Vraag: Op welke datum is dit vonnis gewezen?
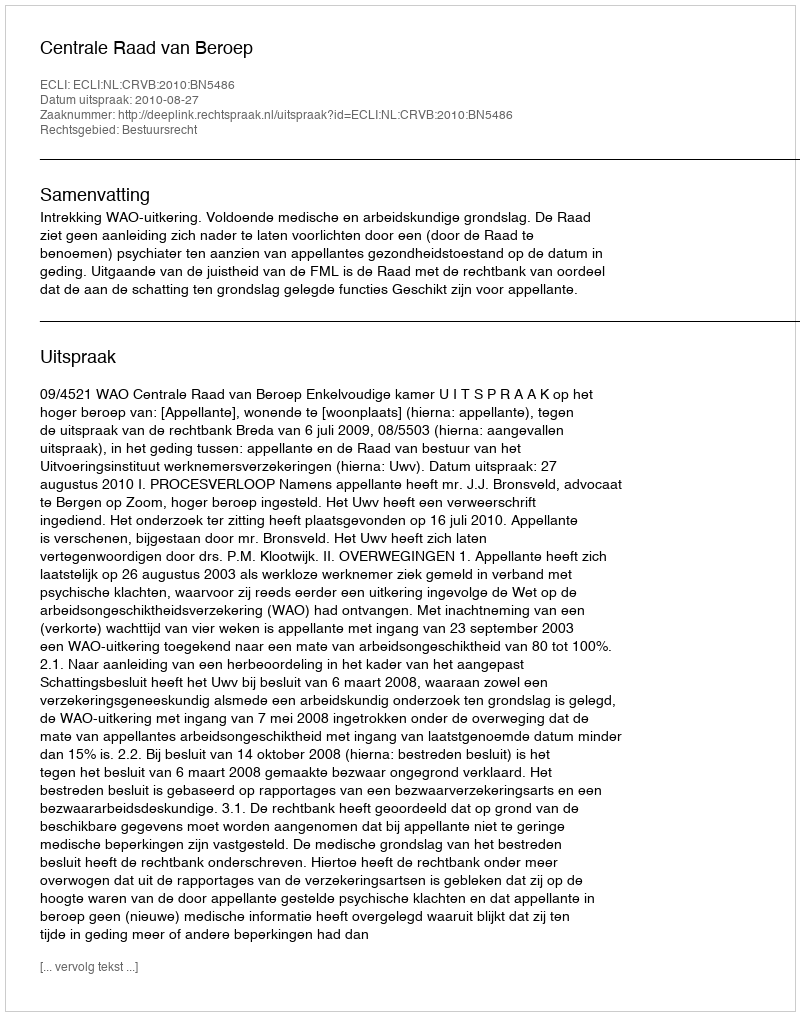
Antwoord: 2010-08-27